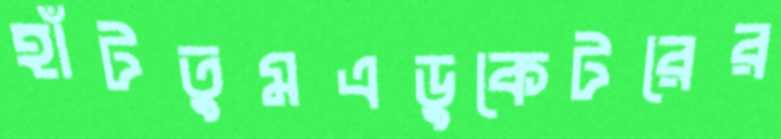
হাঁটতুমএডুকেটরের